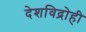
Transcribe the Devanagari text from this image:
देशविद्रोही